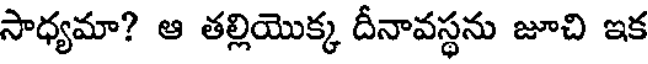
సాధ్యమా? ఆ తల్లియొక్క దీనావస్థను జూచి ఇక